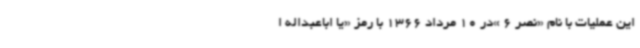
این عملیات با نام «نصر 6 »در 10 مرداد 1366 با رمز «یا اباعبداله ا